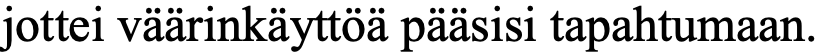
jottei väärinkäyttöä pääsisi tapahtumaan.